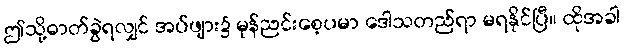
ဤသို့ဓာတ်ခွဲရလျှင် အပ်ဖျား၌ မုန်ညင်းစေ့ပမာ ဒေါသတည်ရာ မရနိုင်ပြီ။ ထိုအခါ